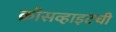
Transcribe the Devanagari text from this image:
क्रॉसव्हाइटची